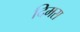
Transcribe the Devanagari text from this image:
दिमस